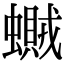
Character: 𧒿